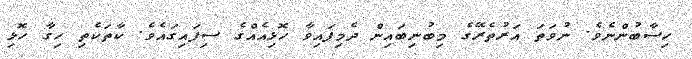
ހިސާބުންނެވެ. ނުވަތަ އަރުތެރޭގެ މިބުނިބައިން ދެމިފައިވާ ހޮޅިއެއްގެ ސިފައިގައެވެ. ކާތަކެތި ހިގާ ހޮޅި